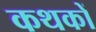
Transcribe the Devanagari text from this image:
कथकों